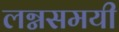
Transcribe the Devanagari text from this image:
लग्नसमयी